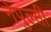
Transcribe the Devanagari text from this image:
नेपुल्सी